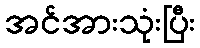
အင်အားသုံးပြီး